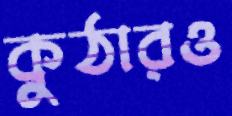
কুঠারও